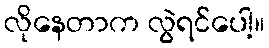
လိုနေတာက လွဲရင်ပေါ့။